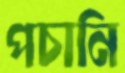
পচানি